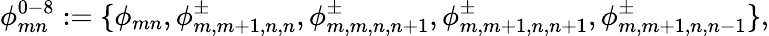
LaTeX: \phi_{mn}^{0-8}:=\{ \phi_{mn},\phi_{m,m+1,n,n}^{\pm},\phi_{m,m,n,n+1}^{\pm},\phi_{m,m+1,n,n+1}^{\pm},\phi_{m,m+1,n,n-1}^{\pm}\} ,